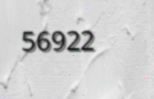
56922